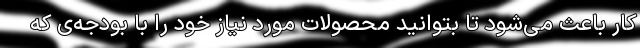
کار باعث می‌شود تا بتوانید محصولاتِ موردِ نیاز خود را با بودجه‌ی که